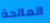
المالحة